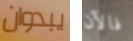
يبدوان فالآن